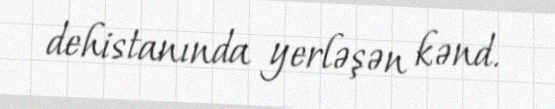
dehistanında yerləşən kənd.